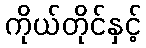
ကိုယ်တိုင်နှင့်